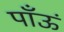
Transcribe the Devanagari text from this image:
पाँऊं